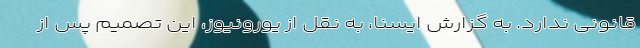
قانونی ندارد. به گزارش ایسنا، به نقل از یورونیوز، این تصمیم پس از